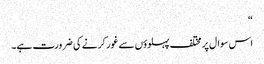
“
اس سوال پر مختلف پہلوؤں سے غور کرنے کی ضرورت ہے۔